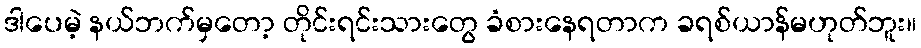
ဒါပေမဲ့ နယ်ဘက်မှတော့ တိုင်းရင်းသားတွေ ခံစားနေရတာက ခရစ်ယာန်မဟုတ်ဘူး။